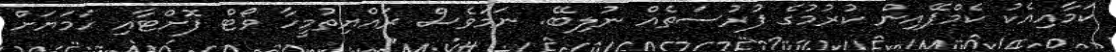
ކަމާއިއެކު ކެމްޕޭއިން ކުރުމުގެ ފުރުސަތެއް ނުލިބޭ. ނަމަވެސް ރައްޔިތުމީހާ ވޯޓް ފޮށްޓާއި ހަމަޔަށް